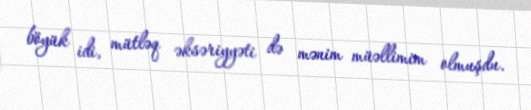
böyük idi, mütləq əksəriyyəti də mənim müəllimim olmuşdu.